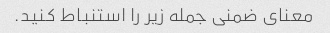
معنای ضمنی جمله زیر را استنباط کنید.